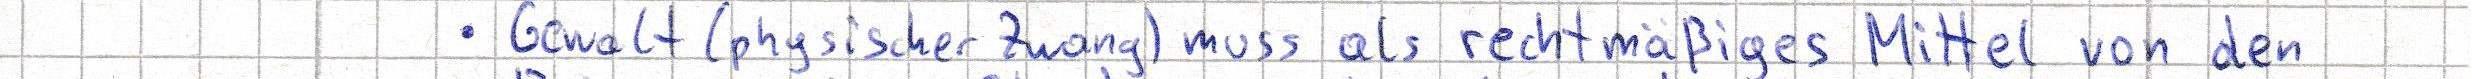
Gewalt (physischer Zwang) muss als rechtmäßiges Mittel von den